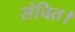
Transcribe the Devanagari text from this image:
संचित।